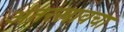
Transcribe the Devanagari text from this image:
अंतरस्रावचा